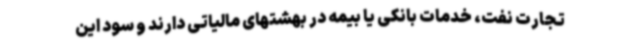
تجارت نفت، خدمات بانکی یا بیمه در بهشتهای مالیاتی دارند و سود این